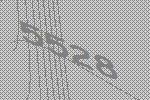
5528